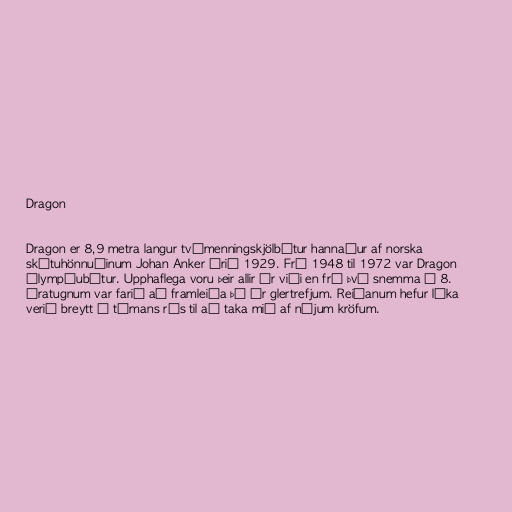
Dragon

Dragon er 8,9 metra langur tvímenningskjölbátur hannaður af norska
skútuhönnuðinum Johan Anker árið 1929. Frá 1948 til 1972 var Dragon
Ólympíubátur. Upphaflega voru þeir allir úr viði en frá því snemma á 8.
áratugnum var farið að framleiða þá úr glertrefjum. Reiðanum hefur líka
verið breytt í tímans rás til að taka mið af nýjum kröfum.